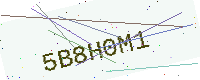
Text: 5B8H0M1